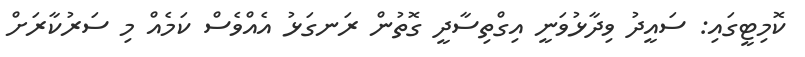
ކޮމިޓީގައި: ސައީދު ވިދާޅުވަނީ އިގްތިސާދީ ގޮތުން ރަނގަޅު އެއްވެސް ކަމެއް މި ސަރުކާރަށް